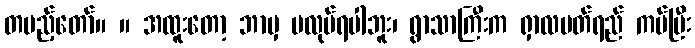
တပည့်တော်။ ။ အထူးတော့ ဘာမှ မလုပ်ရပါဘူး၊ ရွာသာကြီးက ရှာလပတ်ရည် ကပ်ပြီး